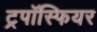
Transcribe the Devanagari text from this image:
ट्रपॉस्फियर